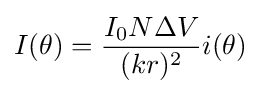
I(\theta )={\frac {I_{0}N\Delta V}{(kr)^{2}}}i(\theta )